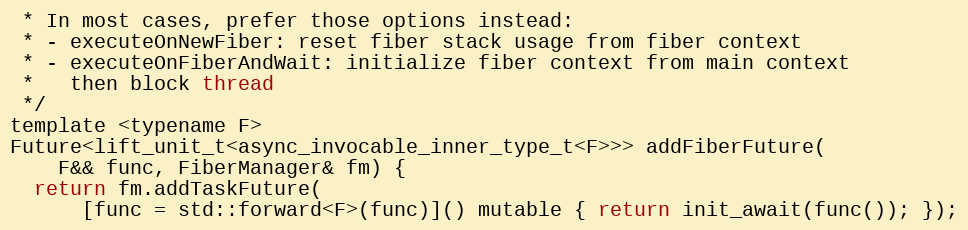
Language: C
 * In most cases, prefer those options instead:
 * - executeOnNewFiber: reset fiber stack usage from fiber context
 * - executeOnFiberAndWait: initialize fiber context from main context
 *   then block thread
 */
template <typename F>
Future<lift_unit_t<async_invocable_inner_type_t<F>>> addFiberFuture(
    F&& func, FiberManager& fm) {
  return fm.addTaskFuture(
      [func = std::forward<F>(func)]() mutable { return init_await(func()); });